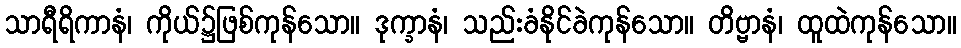
သာရီရိကာနံ၊ ကိုယ်၌ဖြစ်ကုန်သော။ ဒုက္ခာနံ၊ သည်းခံနိုင်ခဲကုန်သော။ တိဗ္ဗာနံ၊ ထူထဲကုန်သော။